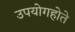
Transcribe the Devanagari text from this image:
उपयोगहोते